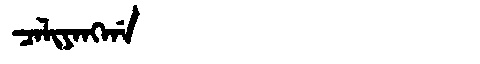
Manchu: ᠴᠠᠯᡳᠶᠠᠩᡤᠠ
Romanization: CALIYANGGA